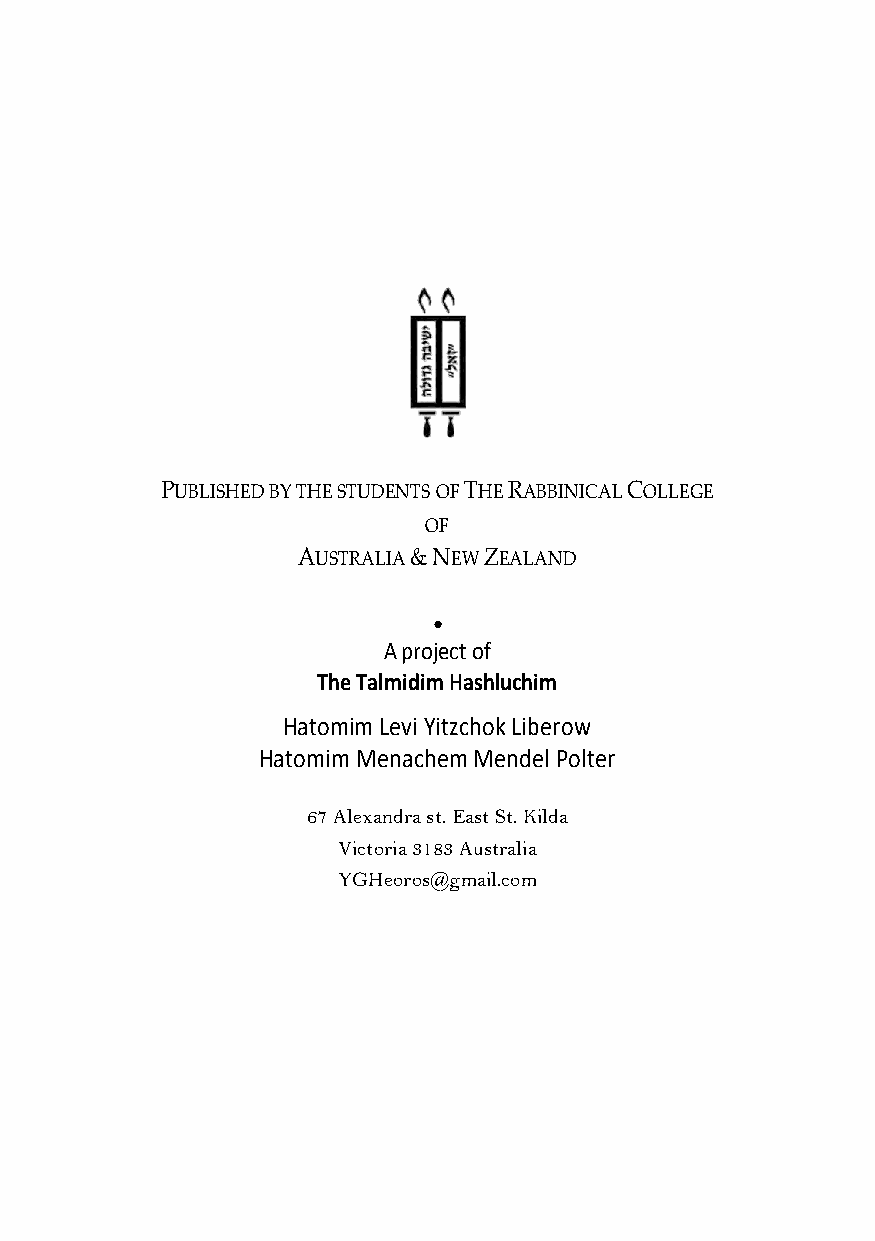
PUBLISHED BY THE STUDENTS OF THE RABBINICAL COLLEGE
 OF
 AUSTRALIA & NEW ZEALAND
 ●
 A project of
 The Talmidim Hashluchim
 Hatomim Levi Yitzchok Liberow
 Hatomim Menachem Mendel Polter
 67 Alexandra st. East St. Kilda
 Victoria 3183 Australia
 YGHeoros@gmail.com